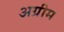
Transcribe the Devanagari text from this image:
अग्रीम